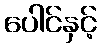
ပေါင်နှင့်